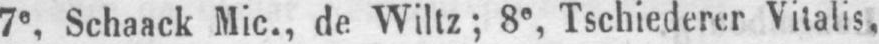
7e, Schaack Mic., de Wiltz; 8e, Tschiederer Vitalis,